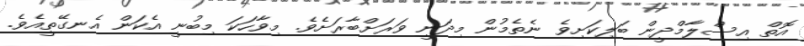
އޮތް އިސްލާމްދީން ބަލިކަށިވެ ނެތެމުން މިދަނީ ވަރަށްބާރަށެވެ. މިވާހަކަ މިބުނީ އެކަން އެނގޭތީއެވެ.